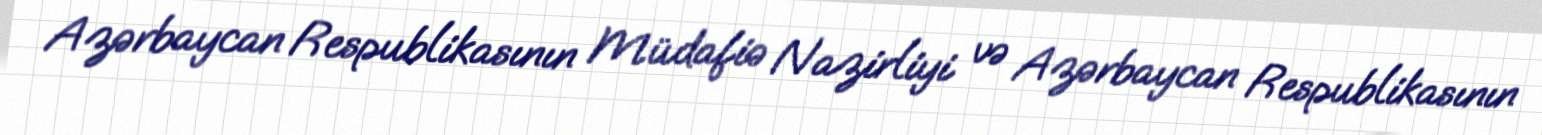
Azərbaycan Respublikasının Müdafiə Nazirliyi və Azərbaycan Respublikasının